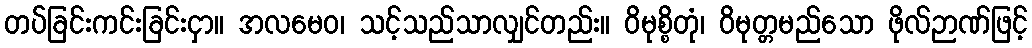
တပ်ခြင်းကင်းခြင်းငှာ။ အလမေဝ၊ သင့်သည်သာလျှင်တည်း။ ဝိမုစ္စိတုံ၊ ဝိမုတ္တမည်သော ဖိုလ်ဉာဏ်ဖြင့်